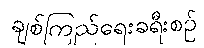
ချစ်ကြည်ရေးခရီးစဉ်